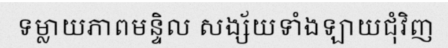
ទម្លាយភាពមន្ទិល សង្ស័យទាំងឡាយជុំវិញ